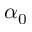
\alpha _ { 0 }